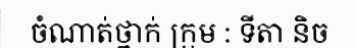
ចំណាត់ថ្នាក់ ក្រុម : ទីតា និច